Tezpur Lunatic Asylum reports 1895-1904 - 1895-1904
Year: 1895
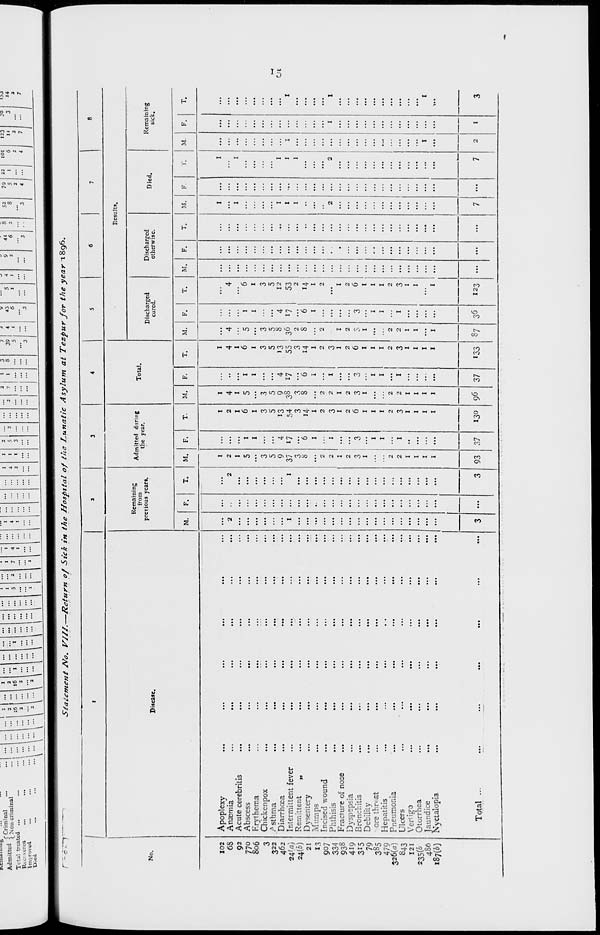
BfcCHHUUIU£
» ."CCrimi
Admitted ^N civ<
Tots'* treated
Rcc- \crca
lm\roved
nal
criminal
\-\
I
5
i
2
1
I
7
i
i
I
4
1
I
4
I
I
4
2
...
2
3
2
2
7
I
1
3
8
7
*
y
39
4
43
5
4
9
44
5
I
6
I
I
2
6
3 ...
3
...
...
3
52
79
5
2
4
22
I
IOI
123
6
11
2
2
4
7
30
3
14
2
7
Statement /Vo. V/II.—Return of Sick in the Hospital of the Lunatic Asylum at Tezpur for the year 1896.
No.
102
68
92
770
806
3
322
462
24^)
24(5)
21
1.3
907
334
93S
419
3*5
79
385
479
326(a)
843
121
235(&
486
187(6)
Disease.
Apoplexy
Anaemia
Acute cerebritis
Abscess
F.rylhema
Chicken pox
P sthma
Diarrhoea
Intermittent fever
Remittent
„
Dysentery
.Mumps
Incised wound
Phthisis
Fracture of nose
Dyspepsia
Bronchitis
Debility
ere throat
Hepatitis
Pneumonia
Ulcers
Vertigo
Otorrhea
Jaundice
Nyctalopia
Total
Remaining
from
previous ycart.
Admitted during
the year.
Total.
Results.
Discharged
cured.
Discharged
otherwise.
Died.
Remaining
sick.
M.
F.
M.
I
2
I
5
3
5
9
37
3
8
2
2
2
3
1
93 37
4
17
M.
I
2
I
6
1
3
5
13
54
3
14
I
2
3
1
2
6
1
1
1
2
3
1
1
1
I
130
1
4
1
5
3
5
9
38
3
8
2
2
1
2
3
1
4
17
0 37
1
4
1
6
1
3
5
13
55
3
14
I
2
3
1
2
6
I
1
1
2
3
1
1
1
1
13c
M.
T.
M.
T.
M.
T.
M.
3
5
8
36
2
8
S7
4
17
*6
1
36
6
1
3
5
12
53
2
14
1
2
1
2
6
1
1
1
2
3
1
1
123
F. I T.
Oi